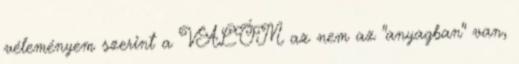
véleményem szerint a VALÓM az nem az "anyagban" van,